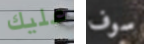
عليك سوف